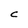
Character: C